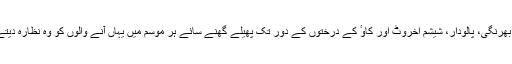
چشموں کی فروانی اور دیوار، کیل، چیل، پھلائی، رہن، بھرنگی، پالودار، شیشم اخروٹ اور کاوٴ کے درختوں کے دور تک پھیلے گھنے سائے ہر موسم میں یہاں آنے والوں کو وہ نظارہ دیتے ہیں جو عقل کو حیران اور نگاہوں کو خیرہ کردیتا ہے۔